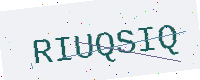
Text: RIUQSIQ